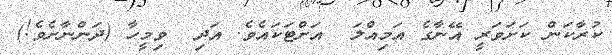
ކުރާކަން ކަށަވަރީ އޭނާގެ އަމިއްލަ  އަށްޓަކައެވެ. އަދި  ވިމީހާ (ދަންނާށެވެ!)